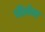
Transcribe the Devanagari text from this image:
जैलेन